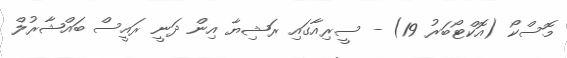
މޮސްކޯ (އޮކްޓޯބަރު 19) - ސީރިއާގައި ރަޝިޔާ އިން ދަނީ ރައީސް ބައްޝާރުލް